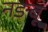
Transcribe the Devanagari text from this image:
नङबू